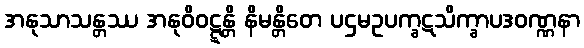
အနုသာသန္တဿ အနုဝိဝဋ္ဋန္တိ နိမန္တိတေ ပဌမဥပက္ခဋသိက္ခာပဒဝဏ္ဏနာ